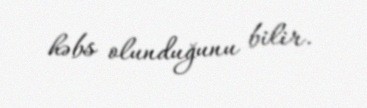
həbs olunduğunu bilir.